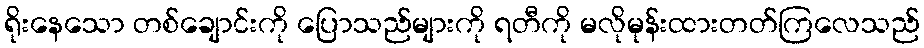
ရိုးနေသော တစ်ချောင်းကို ပြောသည်များကို ရတီကို မလိုမုန်းထားတတ်ကြလေသည်